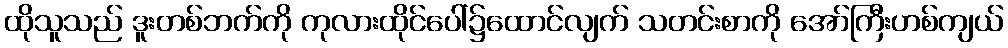
ထိုသူသည် ဒူးတစ်ဘက်ကို ကုလားထိုင်ပေါ်၌ထောင်လျက် သတင်းစာကို အော်ကြီးဟစ်ကျယ်